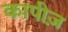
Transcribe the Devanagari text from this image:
कापीज़